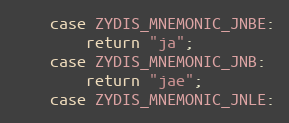
Language: C++
    case ZYDIS_MNEMONIC_JNBE:
        return "ja";
    case ZYDIS_MNEMONIC_JNB:
        return "jae";
    case ZYDIS_MNEMONIC_JNLE: